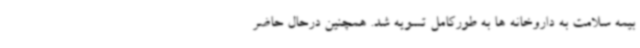
بیمه سلامت به داروخانه ها به طورکامل تسویه شد. همچنین درحال حاضر